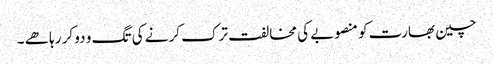
چین بھارت کو منصوبے کی مخالفت ترک کرنے کی تگ و دو کر رہا ھے ۔